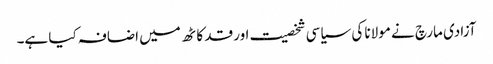
آزادی مارچ نے مولانا کی سیاسی شخصیت اور قد کاٹھ میں اضافہ کیا ہے۔